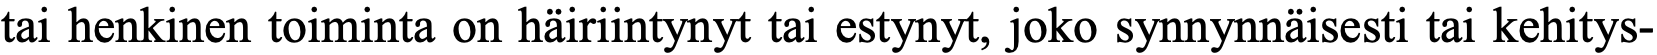
tai henkinen toiminta on häiriintynyt tai estynyt, joko synnynnäisesti tai kehitys-